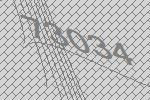
73034